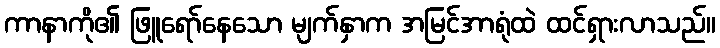
ကာနာကို၏ ဖြူရော်နေသော မျက်နှာက အမြင်အာရုံထဲ ထင်ရှားလာသည်။